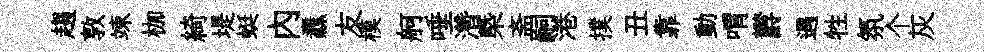
趨敦竦枷綺堤蜓內纛友模舸唾濳槩斋嗣港撲丑靠動喟欝遇牲氛个灰